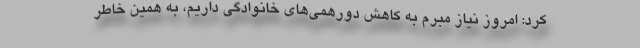
کرد: امروز نیاز مبرم به کاهش دورهمی‌های خانوادگی داریم، به همین خاطر